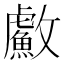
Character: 䱷